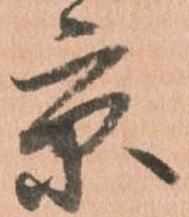
京